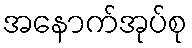
အနောက်အုပ်စု